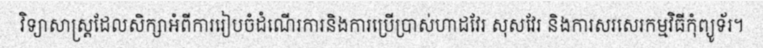
វិទ្យាសាស្ត្រដែលសិក្សាអំពីការរៀបចំដំណើរការនិងការប្រើប្រាស់ហាដវែរ សុសវែរ និងការសរសេរកម្មវិធីកុំព្យូទ័រ។